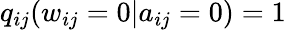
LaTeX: q_{ij}(w_{ij}=0|a_{ij}=0)=1